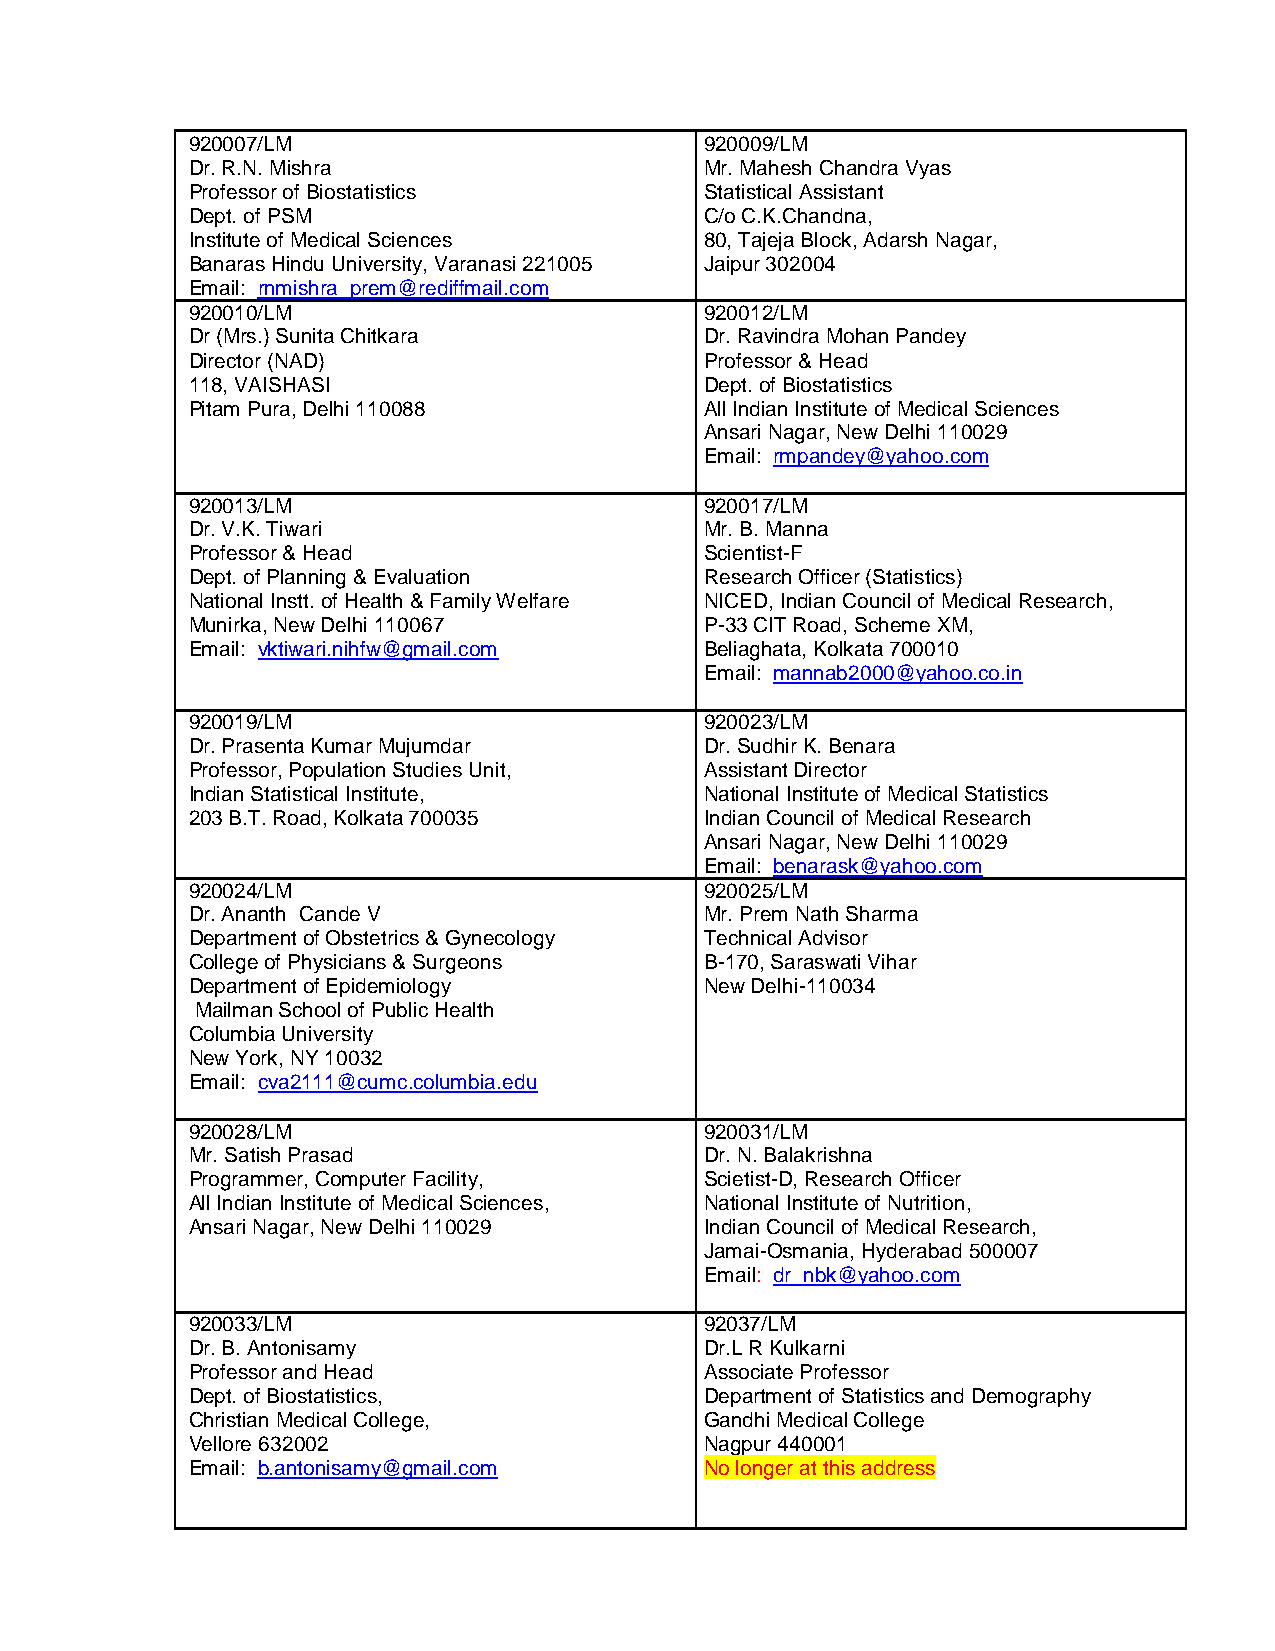
920007/LM                          920009/LM
 Dr. R.N. Mishra                    Mr. Mahesh Chandra Vyas
 Professor of Biostatistics         Statistical Assistant
 Dept. of PSM                       C/o C.K.Chandna,
 Institute of Medical Sciences      80, Tajeja Block, Adarsh Nagar,
 Banaras Hindu University, Varanasi 221005 Jaipur 302004
 Email: rnmishra_prem@rediffmail.com
 920010/LM                          920012/LM
 Dr (Mrs.) Sunita Chitkara          Dr. Ravindra Mohan Pandey
 Director (NAD)                     Professor & Head
 118, VAISHASI                      Dept. of Biostatistics
 Pitam Pura, Delhi 110088           All Indian Institute of Medical Sciences
 Ansari Nagar, New Delhi 110029
 Email: rmpandey@yahoo.com
 920013/LM                          920017/LM
 Dr. V.K. Tiwari                    Mr. B. Manna
 Professor & Head                   Scientist-F
 Dept. of Planning & Evaluation     Research Officer (Statistics)
 National Instt. of Health & Family Welfare NICED, Indian Council of Medical Research,
 Munirka, New Delhi 110067          P-33 CIT Road, Scheme XM,
 Email: vktiwari.nihfw@gmail.com    Beliaghata, Kolkata 700010
 Email: mannab2000@yahoo.co.in
 920019/LM                          920023/LM
 Dr. Prasenta Kumar Mujumdar        Dr. Sudhir K. Benara
 Professor, Population Studies Unit, Assistant Director
 Indian Statistical Institute,      National Institute of Medical Statistics
 203 B.T. Road, Kolkata 700035      Indian Council of Medical Research
 Ansari Nagar, New Delhi 110029
 Email: benarask@yahoo.com
 920024/LM                          920025/LM
 Dr. Ananth Cande V                 Mr. Prem Nath Sharma
 Department of Obstetrics & Gynecology Technical Advisor
 College of Physicians & Surgeons   B-170, Saraswati Vihar
 Department of Epidemiology         New Delhi-110034
 Mailman School of Public Health
 Columbia University
 New York, NY 10032
 Email: cva2111@cumc.columbia.edu
 920028/LM                          920031/LM
 Mr. Satish Prasad                  Dr. N. Balakrishna
 Programmer, Computer Facility,     Scietist-D, Research Officer
 All Indian Institute of Medical Sciences, National Institute of Nutrition,
 Ansari Nagar, New Delhi 110029     Indian Council of Medical Research,
 Jamai-Osmania, Hyderabad 500007
 Email: dr_nbk@yahoo.com
 920033/LM                          92037/LM
 Dr. B. Antonisamy                  Dr.L R Kulkarni
 Professor and Head                 Associate Professor
 Dept. of Biostatistics,            Department of Statistics and Demography
 Christian Medical College,         Gandhi Medical College
 Vellore 632002                     Nagpur 440001
 Email: b.antonisamy@gmail.com      No longer at this address